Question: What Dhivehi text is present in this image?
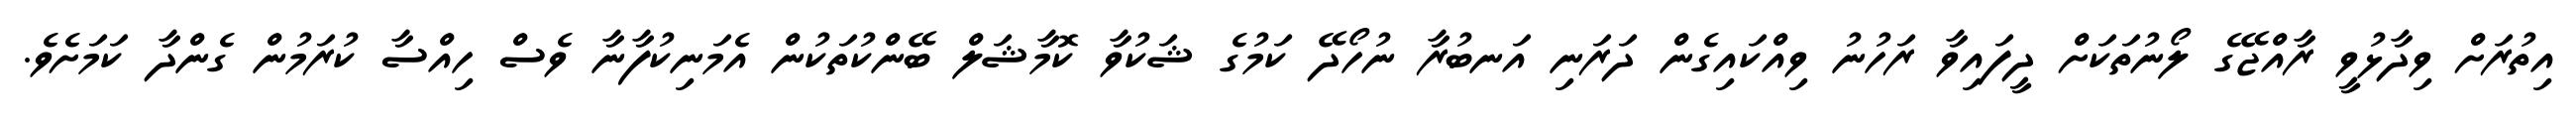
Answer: އިތުރަށް ވިދާޅުވީ ރާއްޖޭގެ ލޯނުތަކަށް ދީފައިވާ ރަހުނު ވިއްކައިގެން ދަރަނި އަނބުރާ ނުހޯދޭ ކަމުގެ ޝަކުވާ ކޮމާޝަލް ބޭންކުތަކުން އެމަނިކުފާނާ ވެސް ހިއްސާ ކުރަމުން ގެންދާ ކަމަށެވެ.